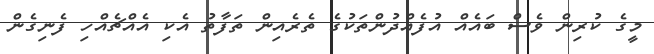
މީގެ ކުރިން ވެސް ބައެއް އުފެއްދުންތަކުގެ ތެރެއިން ތަފާތު އެކި އެއްޗެއްހި ފެނިގެން